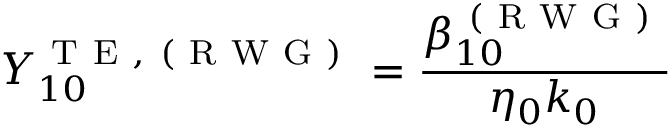
Y _ { 1 0 } ^ { \mathrm { ~ T ~ E ~ , ~ ( ~ R ~ W ~ G ~ ) ~ } } = \frac { \beta _ { 1 0 } ^ { \mathrm { ~ ( ~ R ~ W ~ G ~ ) ~ } } } { \eta _ { 0 } k _ { 0 } }